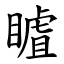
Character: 䁦